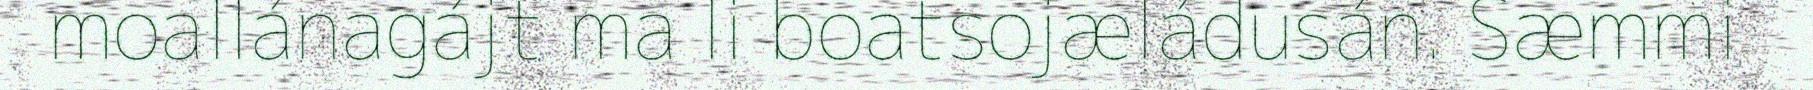
moallánagájt ma li boatsojæládusán. Sæmmi